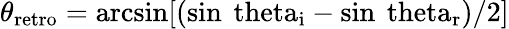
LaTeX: \theta_{\mathrm{{retro}}}=\mathrm{{arcsin}[(\sin\ theta_{\mathrm{{i}}}-\sin{\ theta_{\mathrm{{r}}}})/2]}